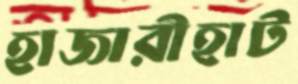
হাজারীহাট